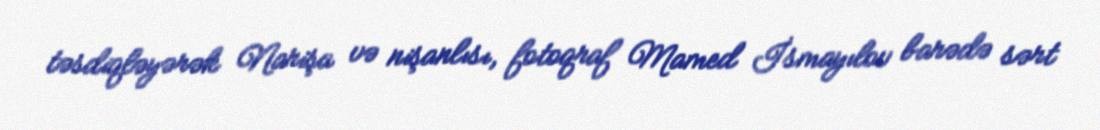
təsdiqləyərək Narişa və nişanlısı, fotoqraf Mamed İsmayılov barədə sərt